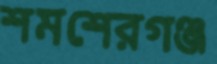
শমশেরগঞ্জ